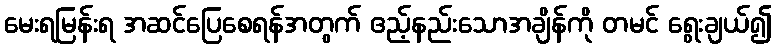
မေးရမြန်းရ အဆင်ပြေစေရန်အတွက် ဧည့်နည်းသောအချိန်ကို တမင် ရွေးချယ်၍